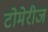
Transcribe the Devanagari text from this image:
टोमेरीज